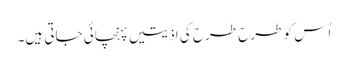
اُس کو طرح طرح کی اذیتیں پہنچائی جاتی ہیں۔